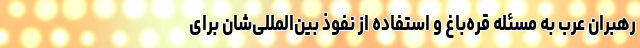
رهبران عرب به مسئله قره‌باغ و استفاده از نفوذ بین‌المللی‌شان برای